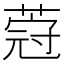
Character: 𦵤